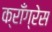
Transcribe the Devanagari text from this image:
क्राँग्रेस